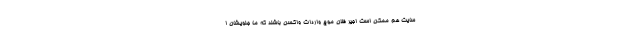
سایت هم ممکن است اجیر فلان موج واردات واکسن باشند که ما جلویشان ا